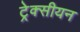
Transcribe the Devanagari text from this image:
ट्रेक्सीयन